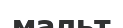
мальт